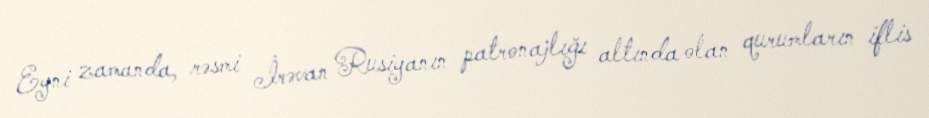
Eyni zamanda, rəsmi İrəvan Rusiyanın patronajlığı altında olan qurumların iflis